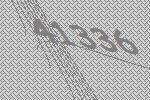
41336